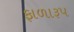
ફાળારૂપ